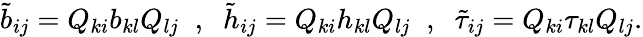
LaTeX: \tilde{b}_{ij}=Q_{ki}b_{kl}Q_{lj}\; \; ,\; \; \tilde{h}_{ij}=Q_{ki}h_{kl}Q_{lj}\; \; ,\; \; \tilde{\tau}_{ij}=Q_{ki}\tau_{kl}Q_{lj}.